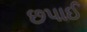
છપાઈ